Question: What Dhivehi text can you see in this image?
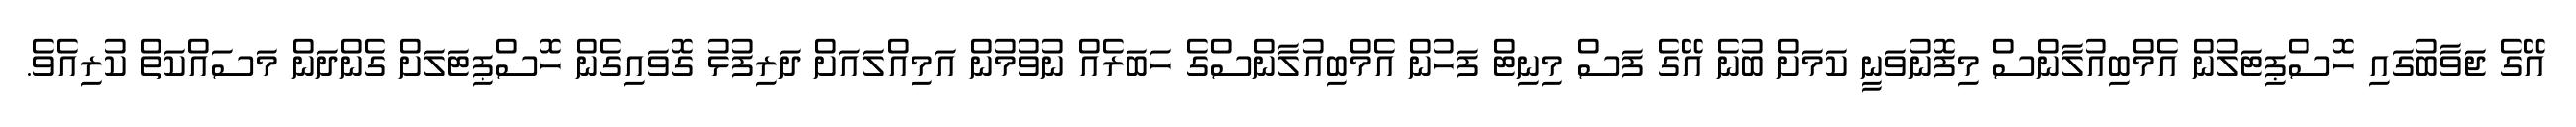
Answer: އޭގެ ޖަވާބުގައި ހޮސްޕިޓަލުން އެމްބިއުލާންސް މިފޮނުވަނީ ކަމަށް ބުނެ އޭގެ ފަސް މިނިޓް ފަހުން އެމްބިއުލާންސްގެ ހަބަރެއް ނުވުމުން އަމިއްލައަށް ދަރިފުޅު ގޮވައިގެން ހޮސްޕިޓަލަށް ގެންދަން މަސައްކަތް ކުރިއެވެ.